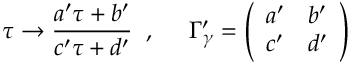
\tau \rightarrow \frac { a ^ { \prime } \tau + b ^ { \prime } } { c ^ { \prime } \tau + d ^ { \prime } } \; \; , \; \; \; \; \; \Gamma _ { \gamma } ^ { \prime } = \left( \begin{array} { c c } { { a ^ { \prime } } } & { { b ^ { \prime } } } \\ { { c ^ { \prime } } } & { { d ^ { \prime } } } \end{array} \right)